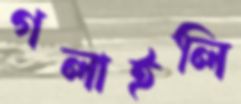
গলাইলি